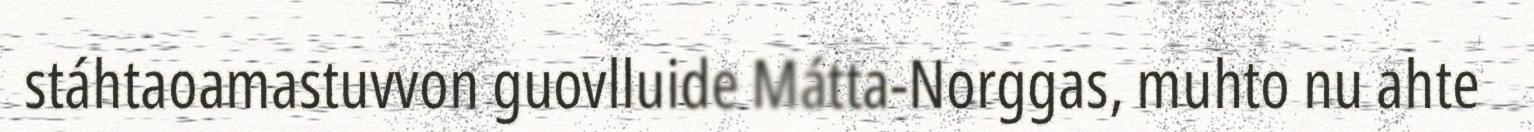
stáhtaoamastuvvon guovlluide Mátta-Norggas, muhto nu ahte